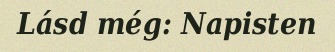
Lásd még: Napisten